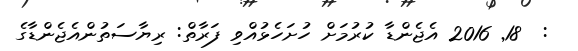
:  18